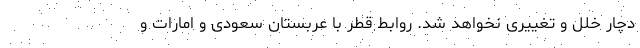
دچار خلل و تغییری نخواهد شد. روابط قطر با عربستان سعودی و امارات و